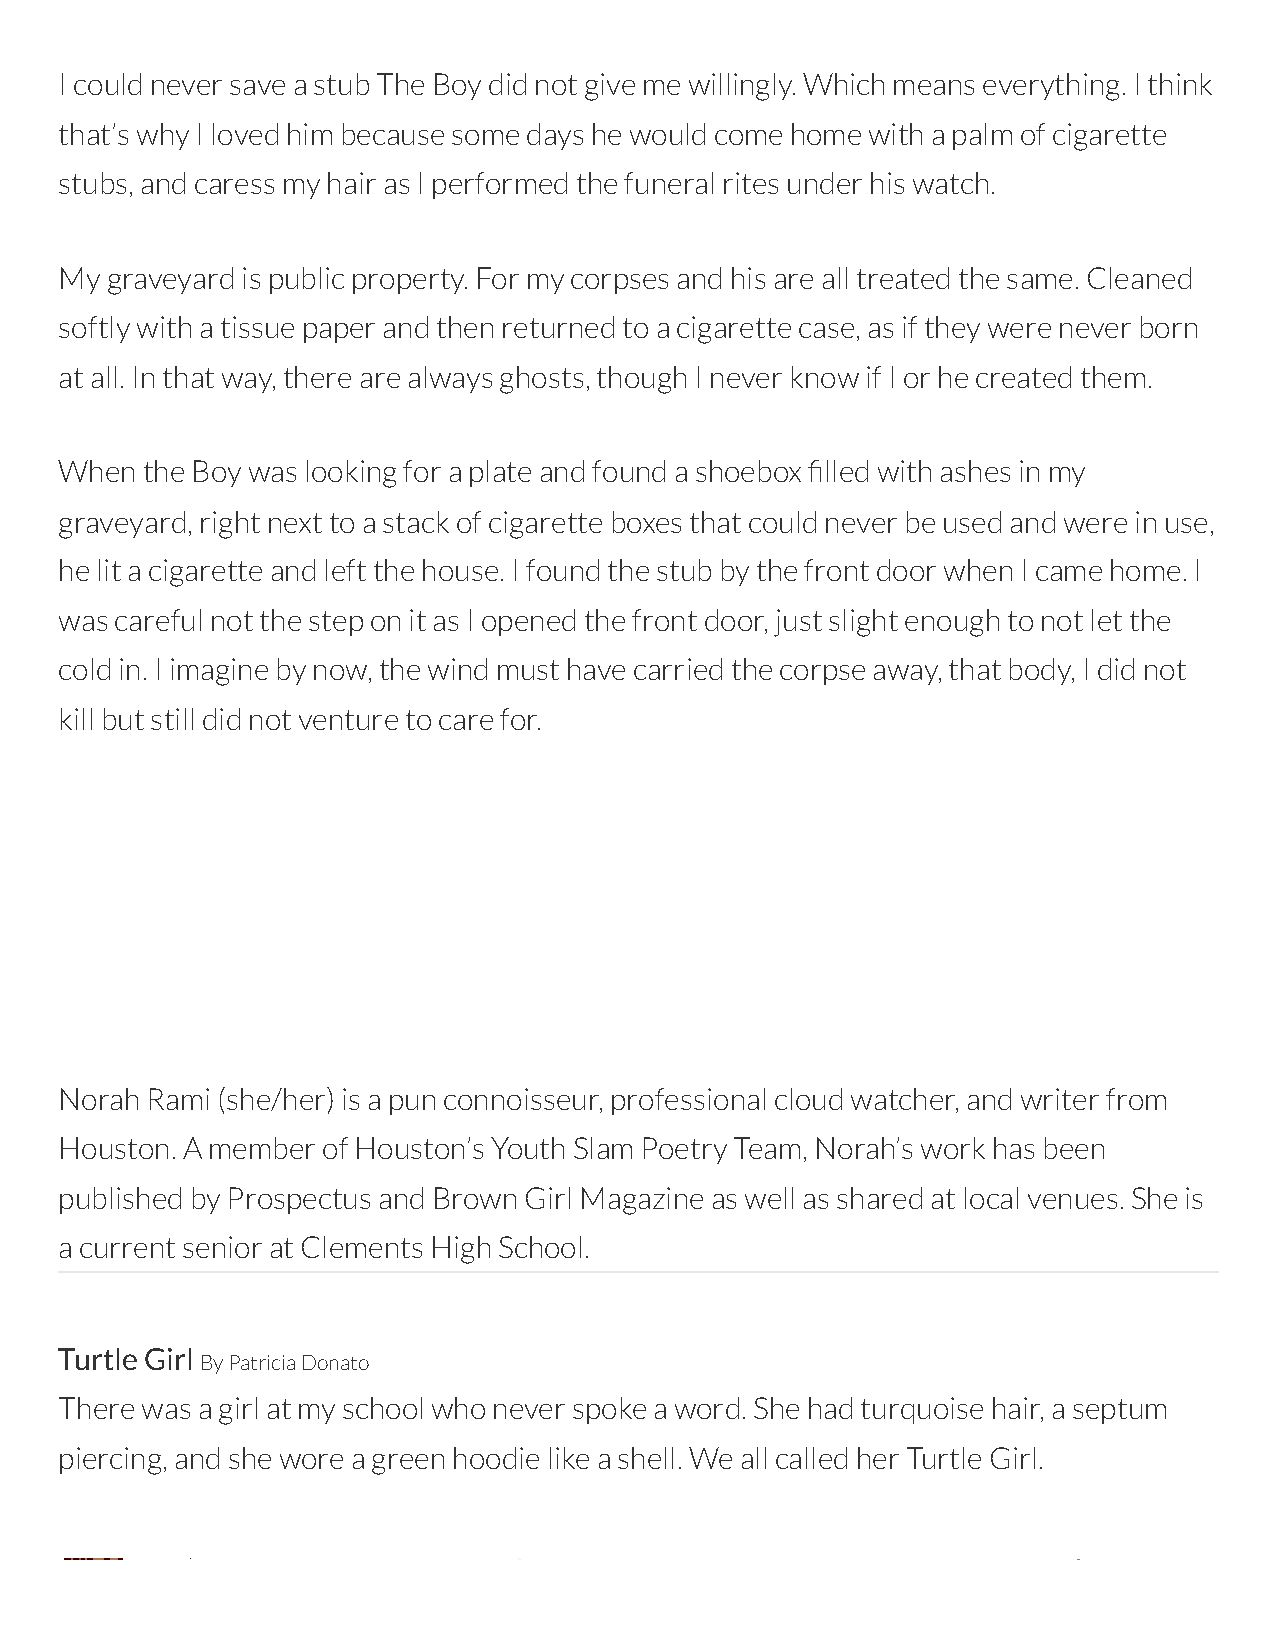
I could never save a stub The Boy did not give me willingly. Which means everything. I think
 that’s why I loved him because some days he would come home with a palm of cigarette
 stubs, and caress my hair as I performed the funeral rites under his watch.
 My graveyard is public property. For my corpses and his are all treated the same. Cleaned
 softly with a tissue paper and then returned to a cigarette case, as if they were never born
 at all. In that way, there are always ghosts, though I never know if I or he created them.
 When the Boy was looking for a plate and found a shoebox lled with ashes in my
 graveyard, right next to a stack of cigarette boxes that could never be used and were in use,
 he lit a cigarette and left the house. I found the stub by the front door when I came home. I
 was careful not the step on it as I opened the front door, just slight enough to not let the
 cold in. I imagine by now, the wind must have carried the corpse away, that body, I did not
 kill but still did not venture to care for.
 Norah Rami (she/her) is a pun connoisseur, professional cloud watcher, and writer from
 Houston. A member of Houston’s Youth Slam Poetry Team, Norah’s work has been
 published by Prospectus and Brown Girl Magazine as well as shared at local venues. She is
 a current senior at Clements High School.
 Turtle Girl
 By Patricia Donato
 There was a girl at my school who never spoke a word. She had turquoise hair, a septum
 piercing, and she wore a green hoodie like a shell. We all called her Turtle Girl.